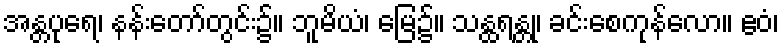
အန္တပုရေ၊ နန်းတော်တွင်း၌။ ဘူမိယံ၊ မြေ၌။ သန္ထရန္တု၊ ခင်းစေကုန်လော။ ဧဝံ၊